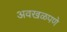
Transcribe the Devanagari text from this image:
अवखळपणे